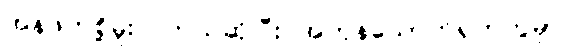
အန်ဖတ်စို့မူးလဲတယ်ဆိုပြီး အကုန်သောက်ရှက်ကွဲမှာ။